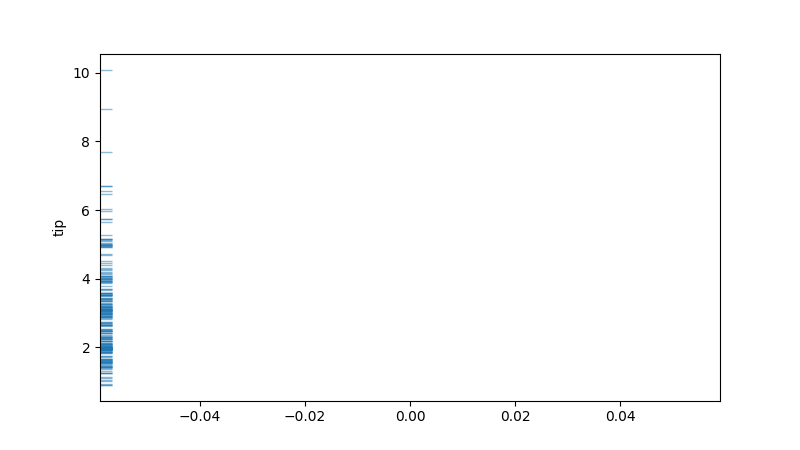
python, seaborn, rugplot, height=0.02, axis='y', alpha=0.5